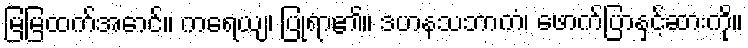
မြမြထက်အောင်။ ကရေယျ၊ ပြုရာ၏။ ဒဟနသဘာကံ၊ ဖောက်ပြာနှင့်ဆားကို။